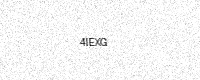
Text: 4IEXG